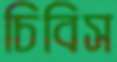
চিবিস